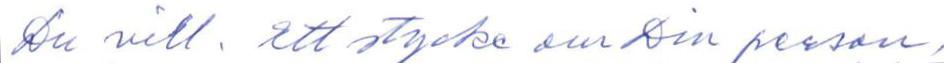
Du vill, att stycka om Din person,